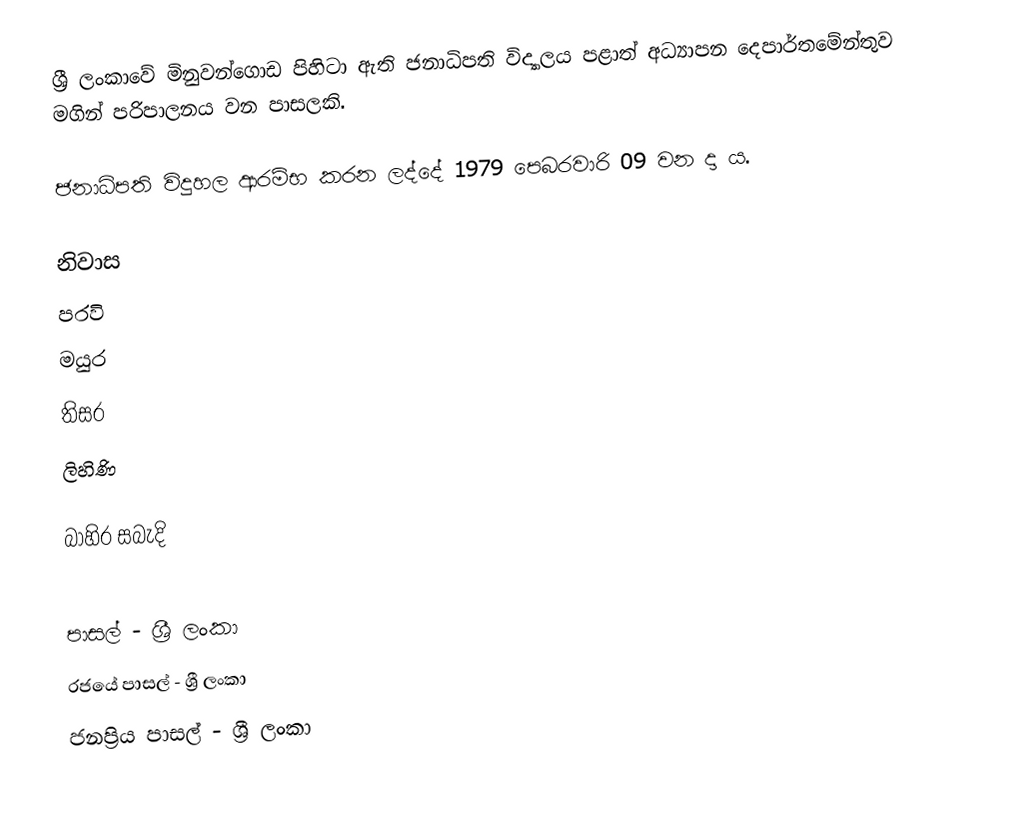
ශ්‍රී ලංකාවේ මිනුවන්ගොඩ පිහිටා ඇති ජනාධිපති විද්‍යාලය පළාත් අධ්‍යාපන දෙපාර්තමේන්තුව මගින් පරිපාලනය වන පාසලකි.

ජනාධිපති විදුහල ආරම්භ කරන ලද්දේ 1979 පෙබරවාරි 09 වන දා ය.

නිවාස
 පරවි
 මයුර
 තිසර
 ලිහිණි

බාහිර සබැදි

පාසල් - ශ්‍රී ලංකා
රජයේ පාසල් - ශ්‍රී ලංකා
ජනප්‍රිය පාසල් - ශ්‍රී ලංකා